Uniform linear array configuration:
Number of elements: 16
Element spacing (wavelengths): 0.25
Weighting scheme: binomial
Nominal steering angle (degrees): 30
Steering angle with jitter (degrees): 29.88
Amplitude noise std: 0.05
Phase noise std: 0.05

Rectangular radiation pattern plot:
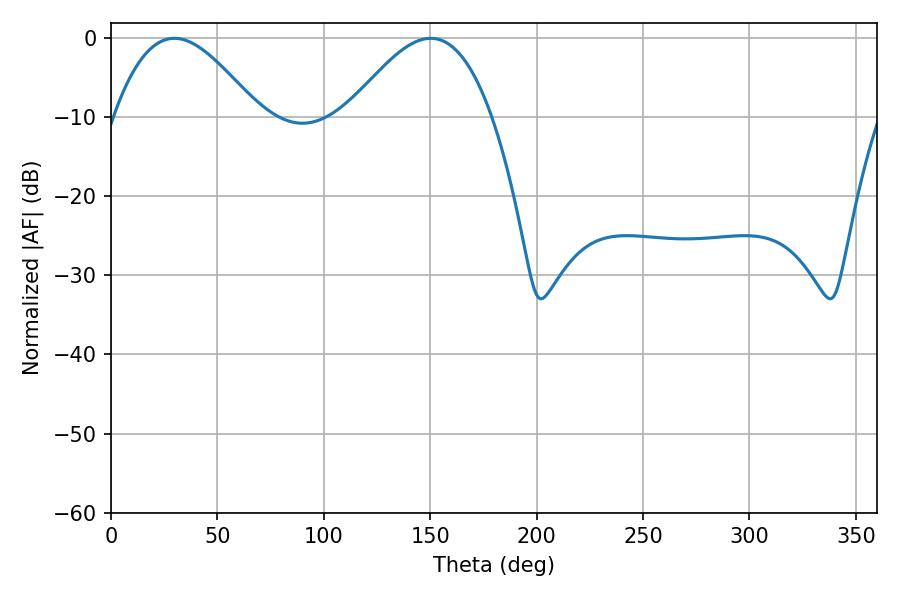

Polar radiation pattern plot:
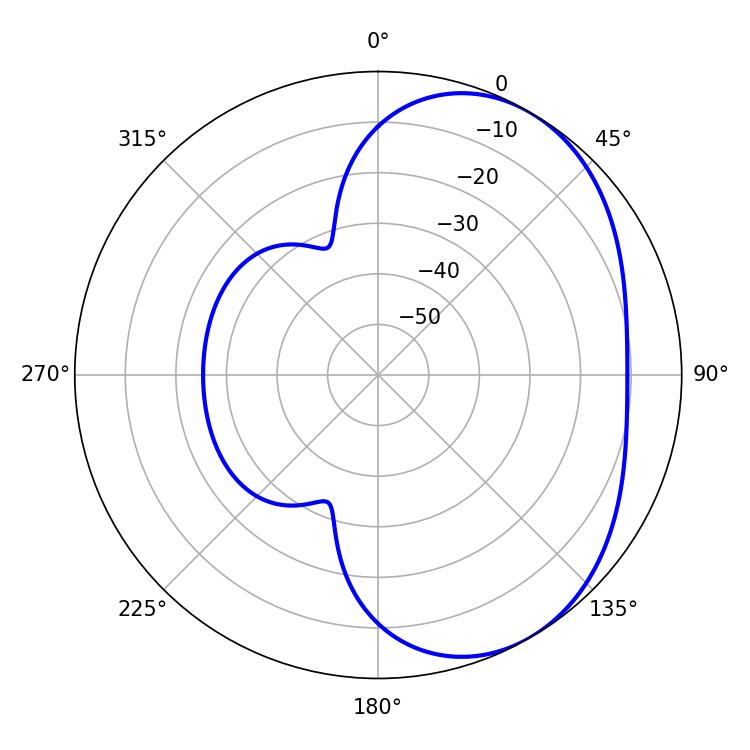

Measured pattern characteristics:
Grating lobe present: FALSE
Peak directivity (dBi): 4.085
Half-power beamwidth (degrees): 36.54
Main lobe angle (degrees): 29.7